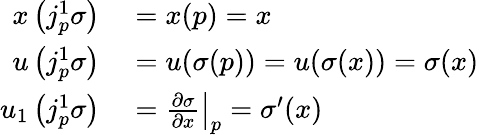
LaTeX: \begin{array}{rl}{x\left(j_{p}^{1}\sigma\right)}&{{}=x(p)=x}\\ {u\left(j_{p}^{1}\sigma\right)}&{{}=u(\sigma(p))=u(\sigma(x))=\sigma(x)}\\ {u_{1}\left(j_{p}^{1}\sigma\right)}&{{}=\left.{\frac{\partial\sigma}{\partial x}}\right|_{p}=\sigma^{\prime}(x)}\end{array}